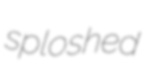
sploshed